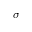
\sigma _ { \parallel }